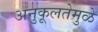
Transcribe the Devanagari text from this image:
अनुकूलतेमुळे